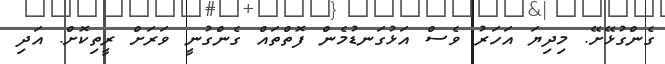
ގެންގުޅޭށޭ. މިދިޔަ އަހަރު ވެސް އަޅުގަނޑުމެން ފޮތްތައް ގެންގުުނީީ ވަރަށް ރީތިކޮށް. އަދި